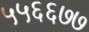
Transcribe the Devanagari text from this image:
५५६६७७